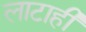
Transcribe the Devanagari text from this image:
लाटाही